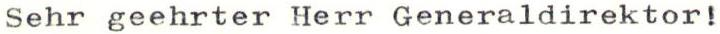
Sehr geehrter Herr Generaldirektor!